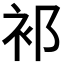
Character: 𬡅